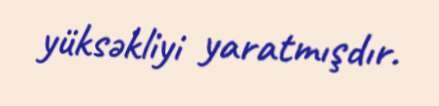
yüksəkliyi yaratmışdır.